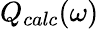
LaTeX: Q_{calc}(\omega)